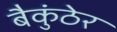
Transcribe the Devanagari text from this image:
बैकुंठेर